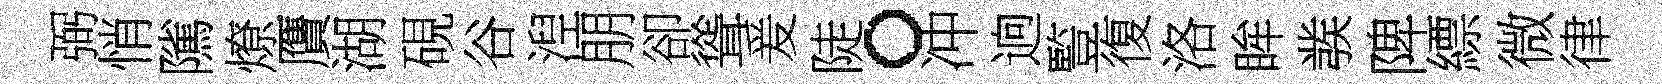
弼悄隲燎贋湖硯谷湼朋卻聳爰陡。冲逈䜿復洛眸彂陴縹微律